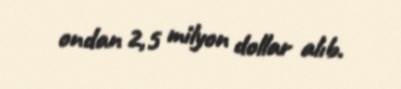
ondan 2,5 milyon dollar alıb.